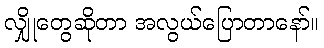
လျှိုတွေဆိုတာ အလွယ်ပြောတာနော်။